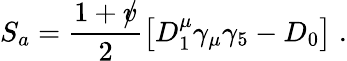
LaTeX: S_{a}=\frac{1+{\rlap{v}/}}{2}\left[D_{1}^{\mu}\gamma_{\mu}\gamma_{5}-D_{0}\right]\; .